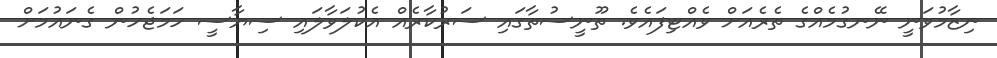
ނިޒާމުވަނީ ނޭނގުމެއްގެ ތެރެއަށް ވެއްޓިފައެވެ. ތޫނީސުތާގައި ސަރުކާރެއް އެކުލަވާލައި ސިޔާސީ ހަމަޖެހުން ގެނައުމަށް